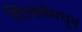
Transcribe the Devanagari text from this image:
फिंचलेमधून